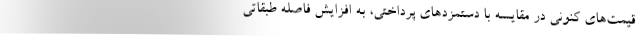
قيمت‌هاي كنوني در مقايسه با دستمزدهاي پرداختي، به افزايش فاصله طبقاتي